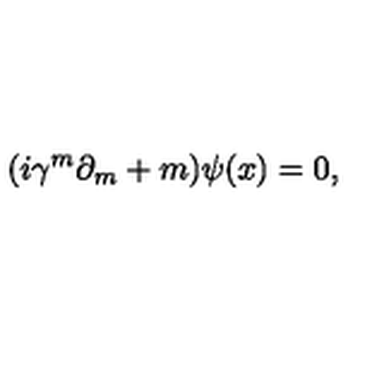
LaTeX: ( i \gamma ^ { m } \partial _ { m } + m ) \psi ( x ) = 0 ,